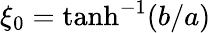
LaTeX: \xi_{0}=\operatorname{tanh}^{-1}(b/a)